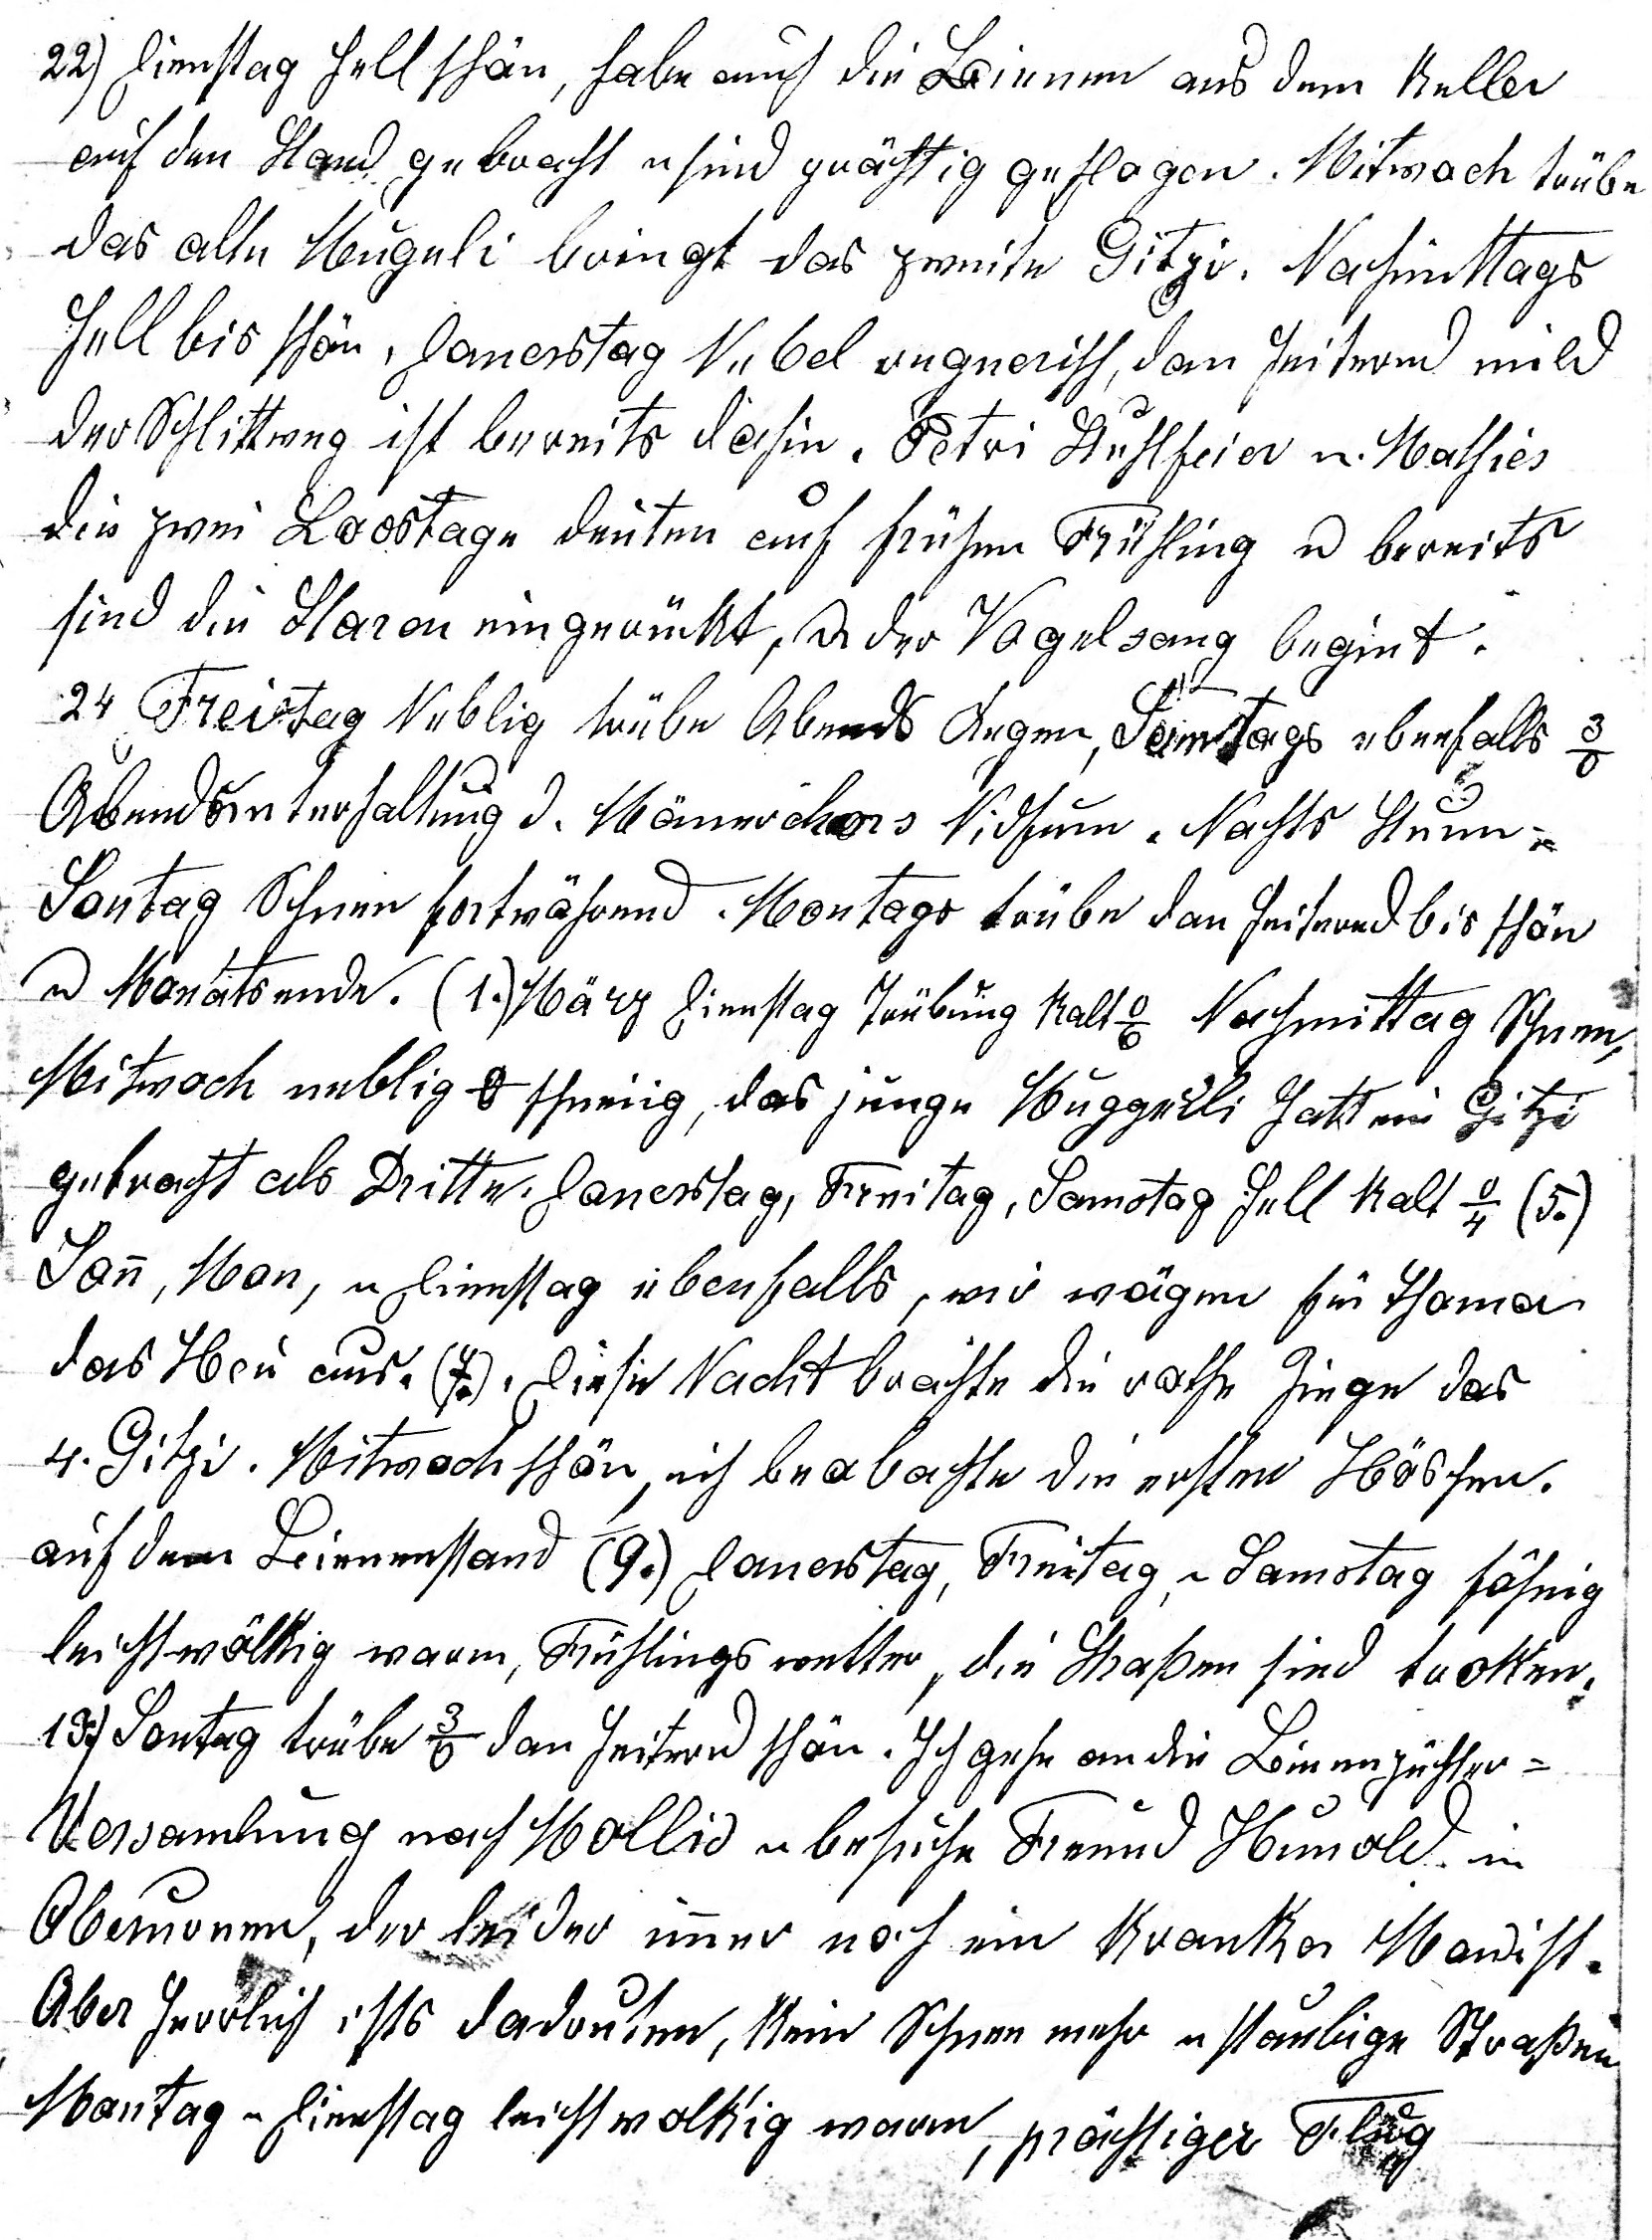
22) Dienstag hell schön, habe auch die Bienen aus dem Keller
auf den Stand gebracht u sind prächtig geflogen. Mitwoch trübe
das alte Mugerli bringt das zweite Gitzi. Nachmittags
hell bis schön, Donerstag Nebel regnerisch, dan heiternd mild
der Schlittweg ist bereits dahin. Petri Stuhlfeier u Mathies
die zwei Loostage deuten auf frühen Frühling u bereits
sind die Staren eingerückt, u der Vogelsang begint.
24. Freitag Neblig trübe Abends Regen, Samstags ebenfalls 3o.
Abendunterhaltung d. Männerchors Nidfurn. Nachts Sturm u
Sontag Schnee fortwährend. Montags trübe dan heiternd bis schön

u Monatsende. (1.) März Dienstag Trübung kalt -6o Nachmittag Schnee,
Mitwoch neblig 0o schneiig, das junge Muggerli hatt ein Gitzi
gebracht als Dritte. Donerstag, Freitag, Samstag hell kalt -4o (5.).
Sonn, Mon, u Dienstag ebenfalls, war wägen für Thomas
das Heu aus. (7.) Diese Nacht brachte die rote Ziege das
4. Gitzi. Mitwoch schön, ich beobachtete die ersten Höschen
auf dem Bienenstand (9.) Donerstag , Freitag u Samstag föhnig
leicht wölkig warm, Frühlingswetter, die Strassen sind trocken.
13.) Sontag trübe 3o dan heiternd schön. Ich gehe an die Bienenzüchter-
Versammlung nach Mollis u besuche Freund Hunold in
Oberurnen, der leider immer ein kranker Man ist.
Aber herrlich ists dadrunten, kein Schnee mehr u staubige Strassen.
Montag u Dienstag leicht wolkig warm,
prächtiger Flug